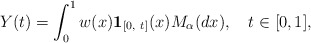
\begin{align*}Y(t)=\int_0^1 w(x)\mathbf{1}_{[0,\ t]}(x)M_\alpha ( dx),\ \ \ t \in [0,1],\end{align*}